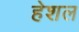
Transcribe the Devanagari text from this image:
हेशल